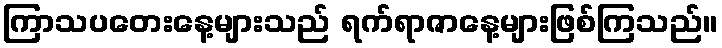
ကြာသပတေးနေ့များသည် ရက်ရာဇာနေ့များဖြစ်ကြသည်။